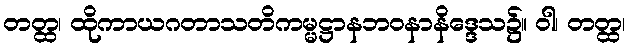
တတ္ထ၊ ထိုကာယဂတာသတိကမ္မဋ္ဌာနဘဝနာနိဒ္ဒေသ၌။ ဝါ၊ တတ္ထ၊